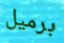
برميل